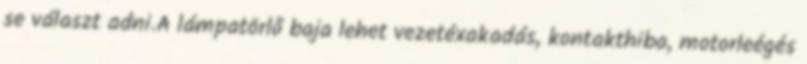
se választ adni.A lámpatörlő baja lehet vezetéxakadás, kontakthiba, motorleégés